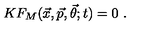
K F _ { M } ( { \vec { x } } , { \vec { p } } , { \vec { \theta } } ; t ) = 0 \ .